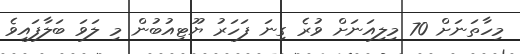
މިހާތަނަށް 70 މިލިއަނަށް ވުރެ ގިނަ ފަހަރު ޔޫޓިއުބުން މި ލަވަ ބަލާފައިވެ